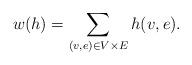
LaTeX: \begin{align*}w(h)=\sum_{(v,e)\in V\times E}h(v,e).\end{align*}